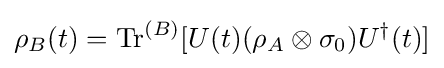
\rho _{B}(t)={\mbox{Tr}}^{(B)}[U(t)(\rho _{A}\otimes \sigma _{0})U^{\dagger }(t)]